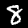
Label: 8